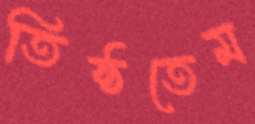
তিষ্ঠতেম